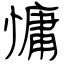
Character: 慵